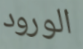
الورود